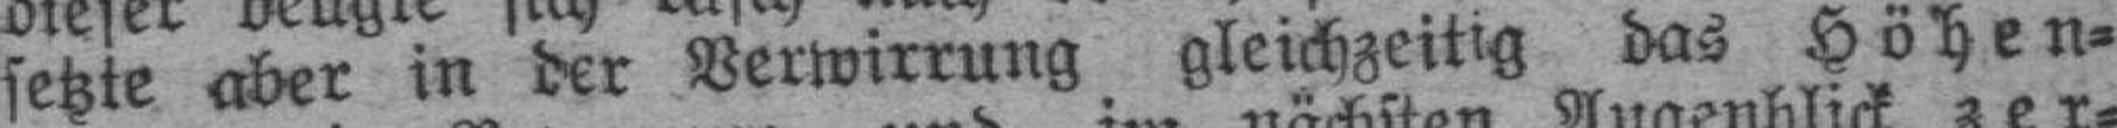
setzte aber in der Verwirrung gleichzeitig das Höhen¬